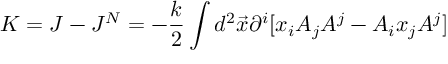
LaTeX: K = J - J ^ { N } = - \frac { k } { 2 } \int d ^ { 2 } \vec { x } \partial ^ { i } [ x _ { i } A _ { j } A ^ { j } - A _ { i } x _ { j } A ^ { j } ]